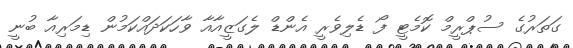
ގަތަރުގެ ސުޕްރީމް ކޮމެޓީ ފޯ ޑެލިވެރީ އެންޑް ލެގަޒީއާއާ ވާހަކަދައްކަމުން ޑިމަރިއާ ބުނީ